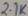
Text: 2.1K